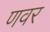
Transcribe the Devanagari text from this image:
णवर